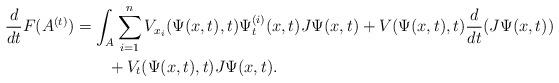
LaTeX: \begin{align*}\begin{aligned}\frac{d}{dt}F(A^{(t)})&=\int_{A}\sum_{i=1}^{n}V_{x_{i}}(\Psi(x,t),t)\Psi_{t}^{(i)}(x,t)J\Psi(x,t)+V(\Psi(x,t),t)\frac{d}{dt}(J\Psi(x,t))\\&\qquad+V_{t}(\Psi(x,t),t)J\Psi(x,t).\end{aligned}\end{align*}